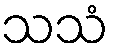
သသံ